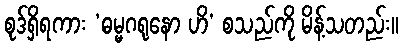
စုဒ်ရှိရကား ‘ဓမ္မဂရုနော ဟိ’ စသည်ကို မိန့်သတည်း။